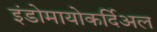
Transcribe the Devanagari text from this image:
इंडोमायोकर्दिअल